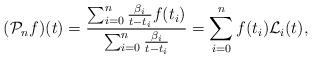
LaTeX: \begin{align*}\mathcal ({\mathcal{P}}_{n}f)(t)=\frac{\sum_{i=0}^{n}\frac{\beta_{i}}{t-t_{i}}f(t_{i})}{\sum_{i=0}^{n}\frac{\beta_{i}}{t-t_{i}}}= \sum_{i=0}^{n}f(t_{i})\mathcal{L}_{i}(t),\end{align*}